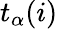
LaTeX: t_{\alpha}(i)